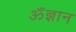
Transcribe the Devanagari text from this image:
ॐज्ञान